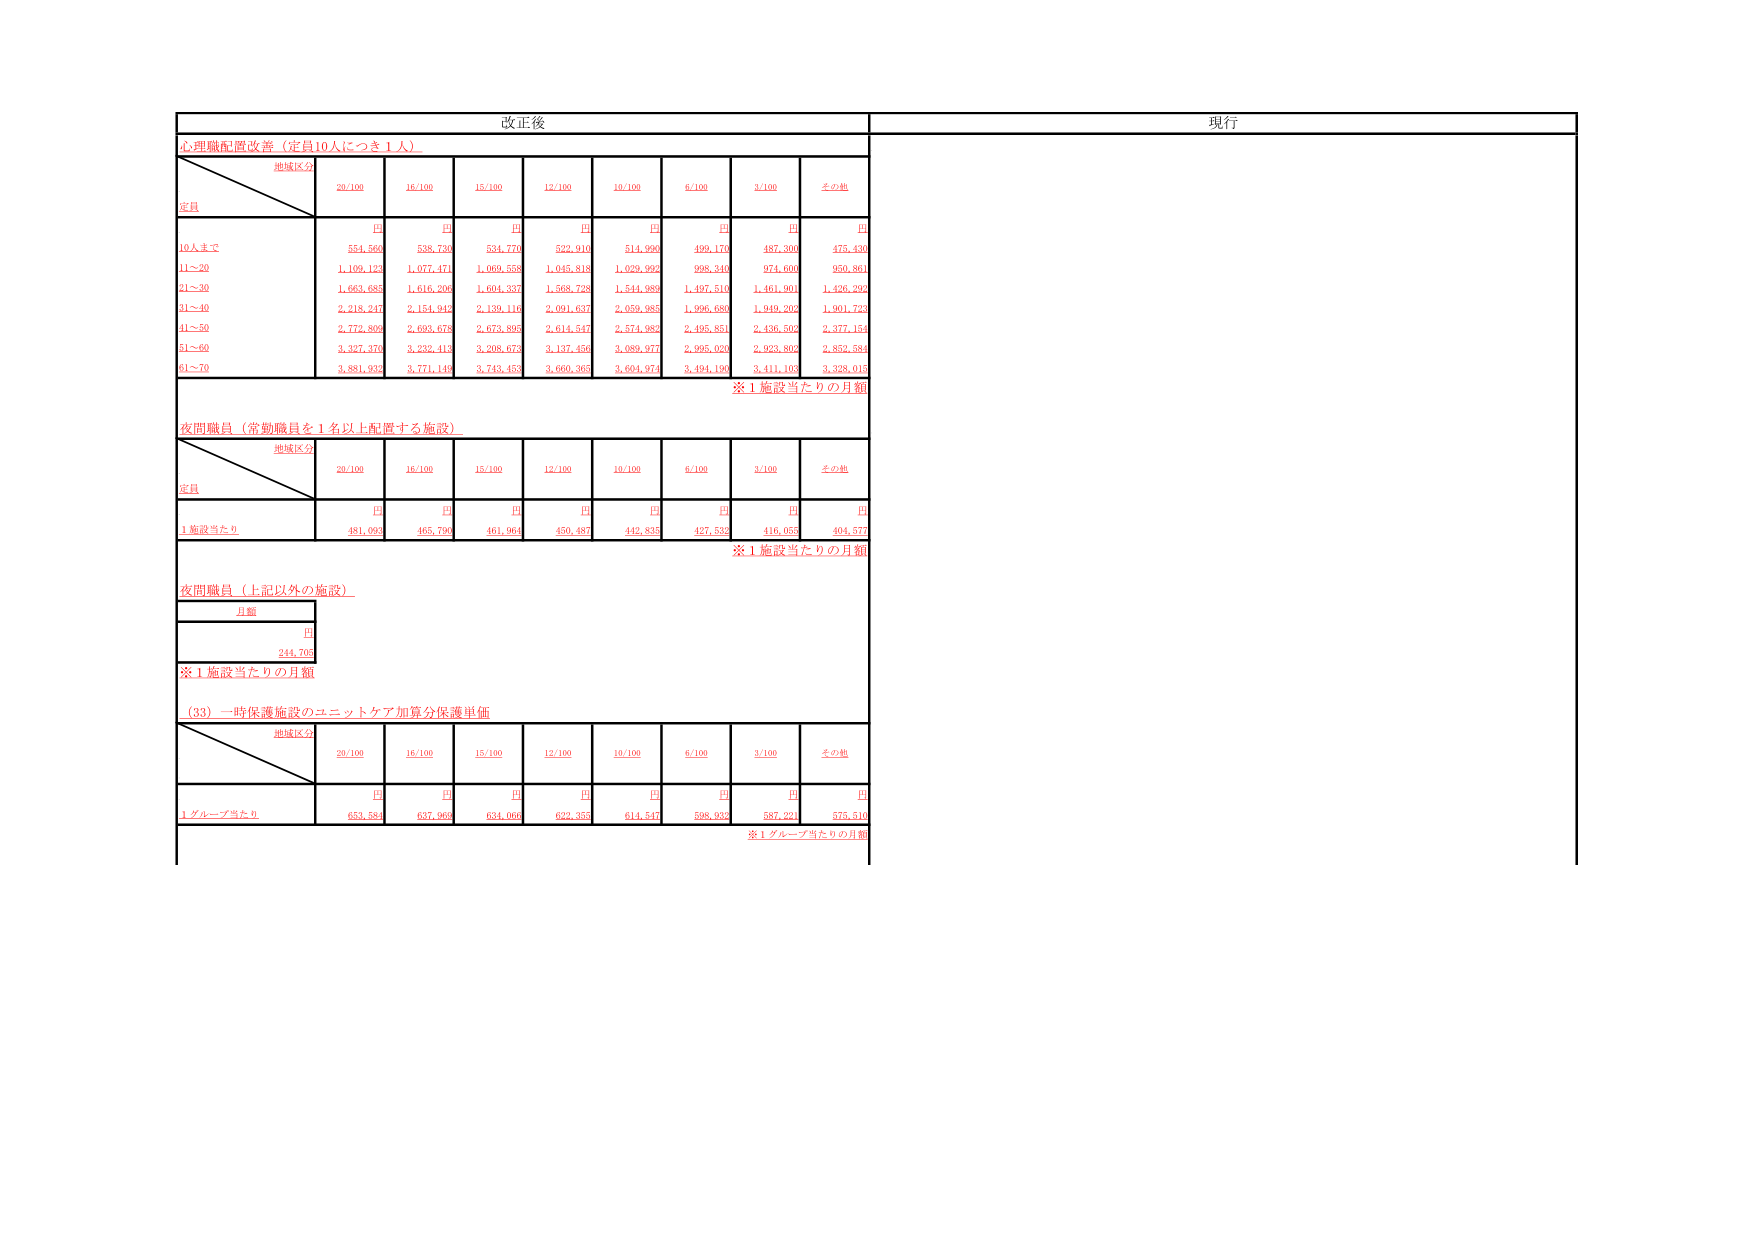
改正後
現行
心理職配置改善（定員10人につき1人）
地域区分
定員
20/100
16/100
15/100
12/100
10/100
6/100
3/100
その他
円
円
円
円
円
円
円
円
10人まで
551,560
538,730
534,770
522,910
514,990
499,170
487,300
475,430
11～20
1,109,123
1,077,471
1,069,558
1,045,818
1,029,992
998,340
974,600
950,861
21～30
1,663,685
1,616,208
1,604,337
1,568,728
1,541,989
1,497,510
1,461,901
1,426,292
31～40
2,218,247
2,154,942
2,139,116
2,091,637
2,059,985
1,996,680
1,949,202
1,901,723
41～50
2,772,809
2,693,678
2,673,895
2,614,547
2,574,982
2,495,851
2,436,502
2,377,154
51～60
3,327,370
3,232,413
3,208,673
3,137,456
3,089,977
2,995,020
2,923,802
2,852,584
61～70
3,881,932
3,771,147
3,743,453
3,660,365
3,601,971
3,494,190
3,411,103
3,328,015
※1施設当たりの月額
夜間職員（常勤職員を1名以上配置する施設）
地域区分
定員
20/100
16/100
15/100
12/100
10/100
6/100
3/100
その他
円
円
円
円
円
円
円
円
1施設当たり
481,093
465,790
461,904
450,487
445,835
427,532
416,055
404,577
※1施設当たりの月額
夜間職員（上記以外の施設）
月額
円
244,705
※1施設当たりの月額
（33）一時保護施設のユニットケア加算分保護単価
地域区分
20/100
16/100
15/100
12/100
10/100
6/100
3/100
その他
円
円
円
円
円
円
円
円
1グループ当たり
653,584
637,962
634,000
622,355
614,547
598,932
587,221
575,510
※1グループ当たりの月額